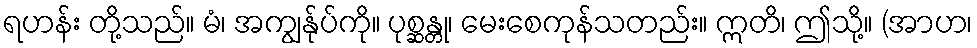
ရဟန်း တို့သည်။ မံ၊ အကျွန်ုပ်ကို။ ပုစ္ဆန္တု၊ မေးစေကုန်သတည်း။ ဣတိ၊ ဤသို့။ (အာဟ၊